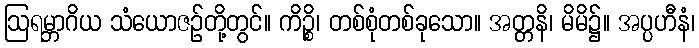
ဩရမ္ဘာဂိယ သံယောဇဉ်တို့တွင်။ ကိဉ္စိ၊ တစ်စုံတစ်ခုသော။ အတ္တနိ၊ မိမိ၌။ အပ္ပဟီနံ၊